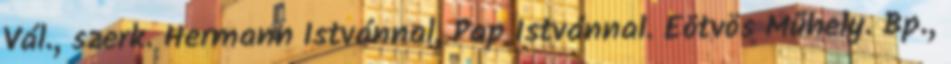
Vál., szerk. Hermann Istvánnal, Pap Istvánnal. Eötvös Műhely. Bp.,